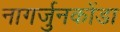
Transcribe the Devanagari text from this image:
नागर्जुनकोंडा